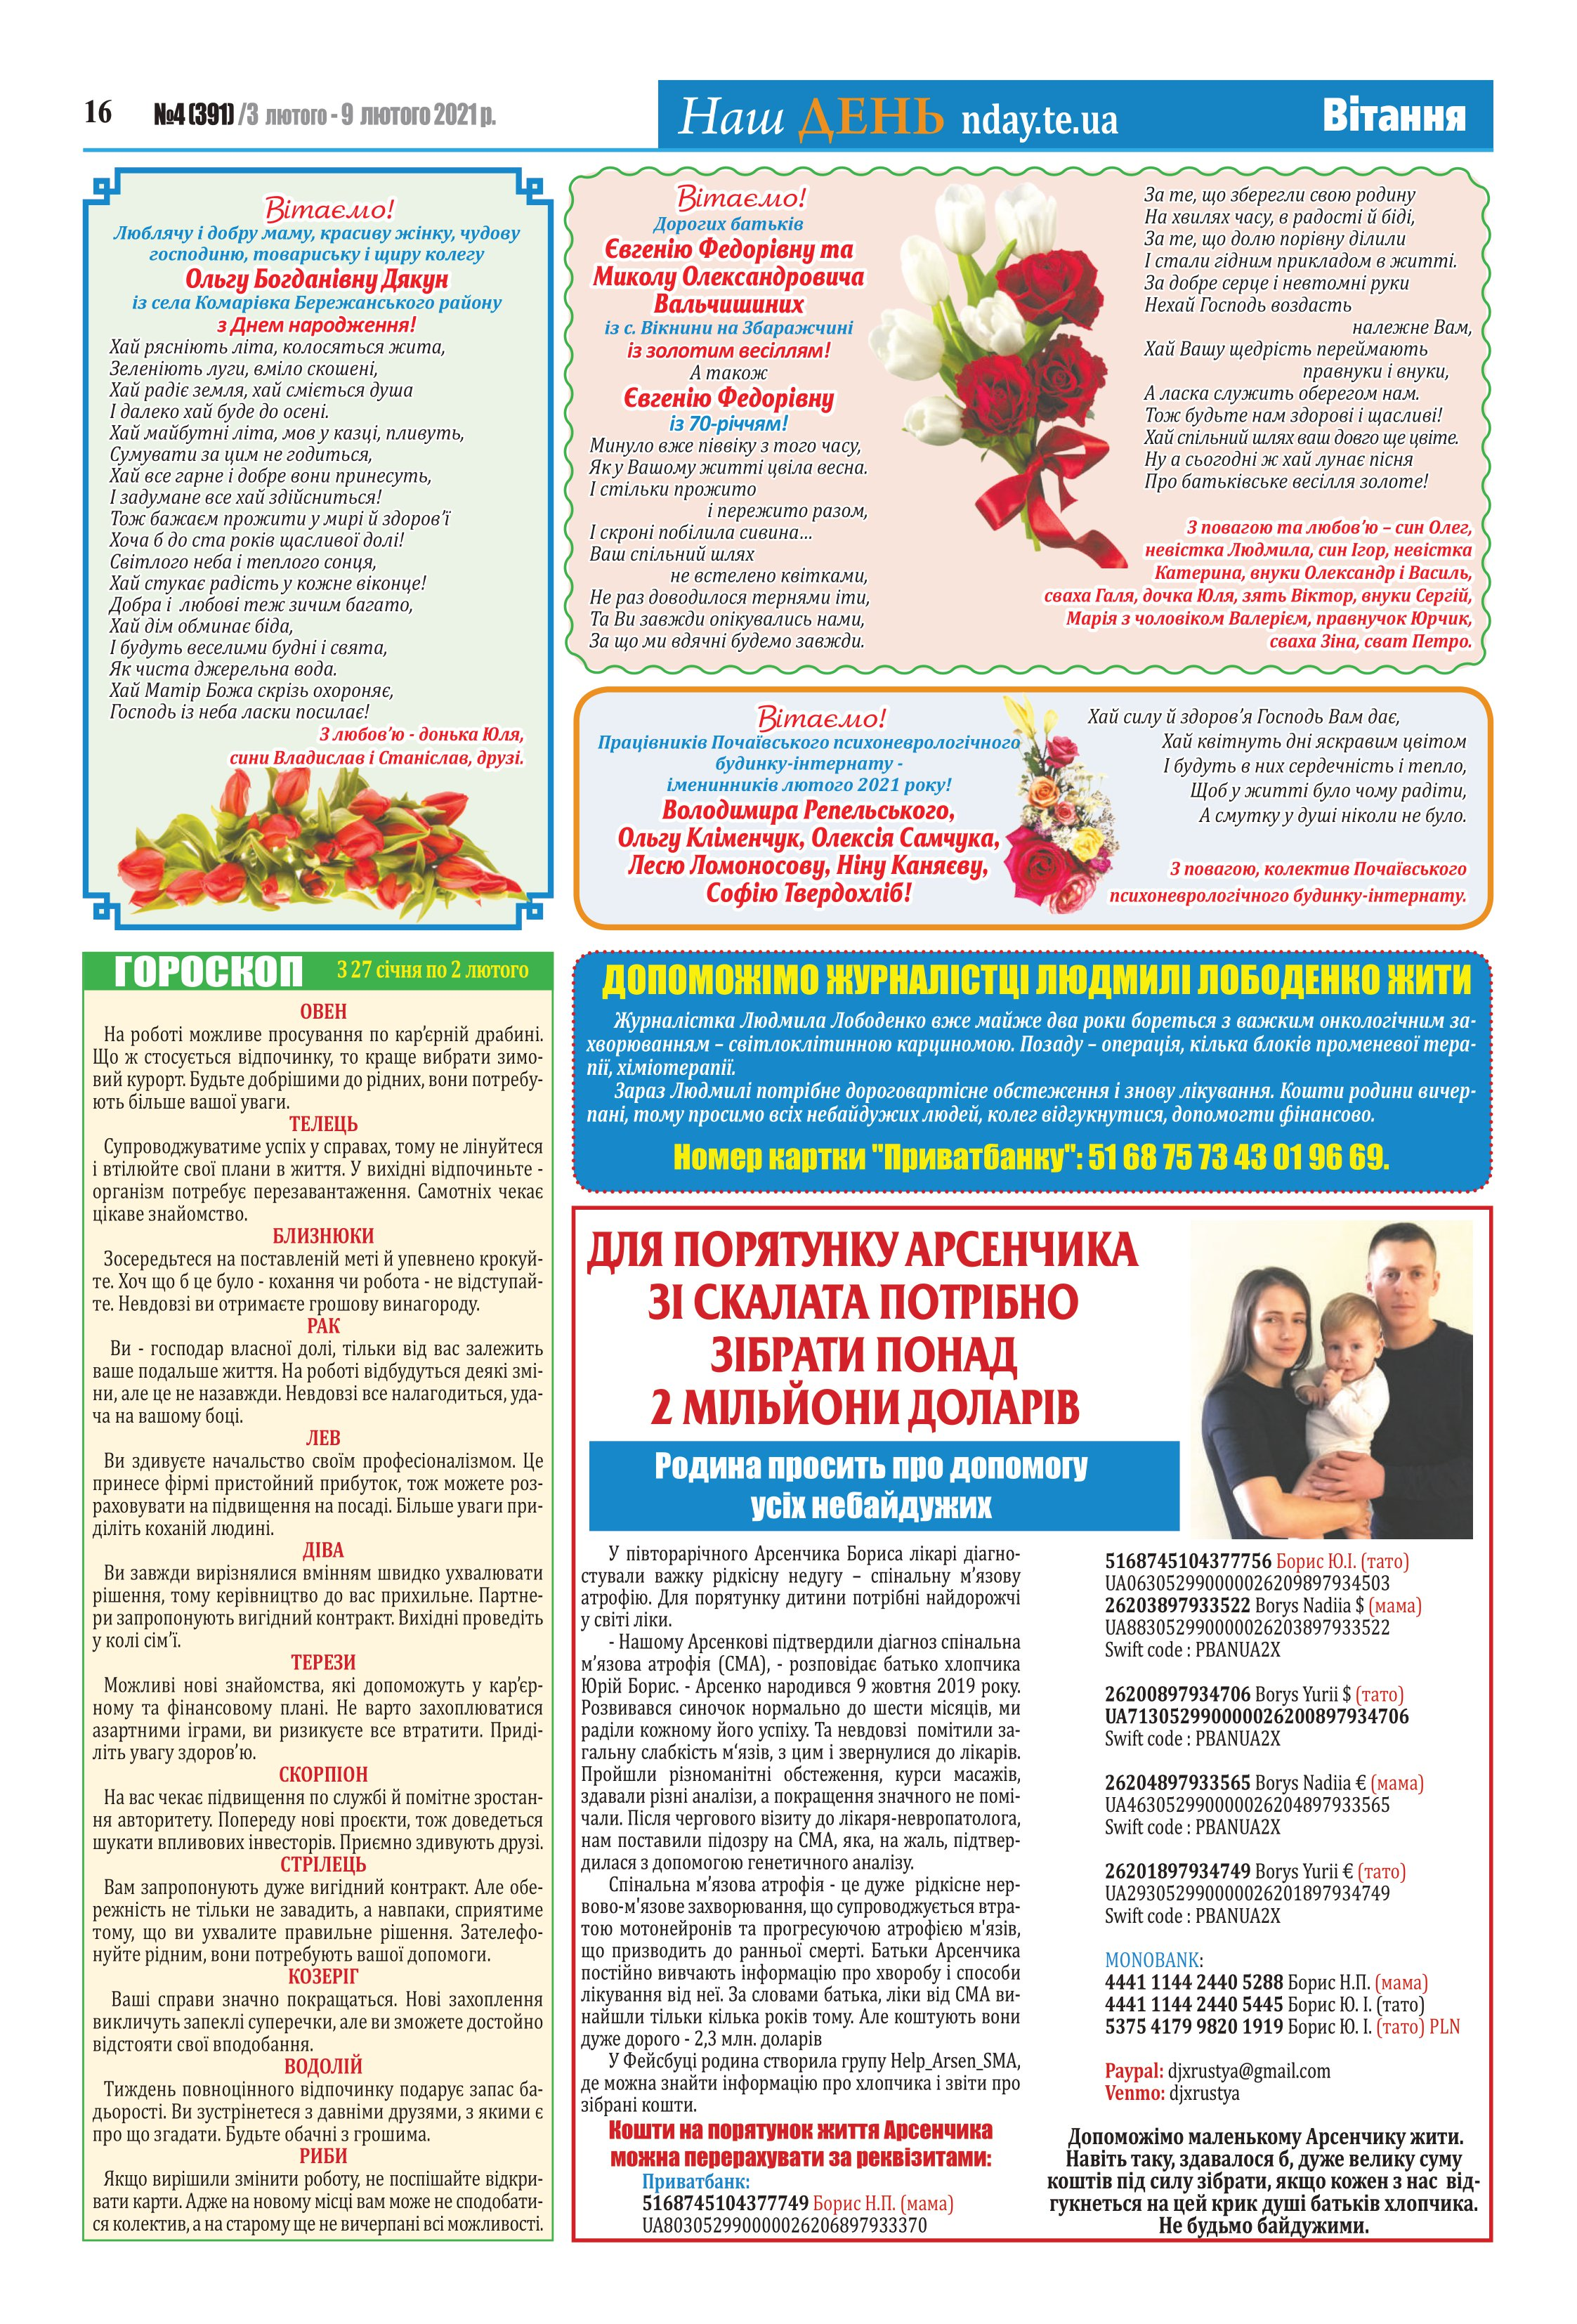
Language: uk